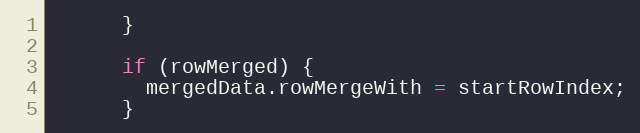
Language: JavaScript
      }

      if (rowMerged) {
        mergedData.rowMergeWith = startRowIndex;
      }